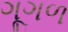
ગૂગળ